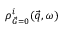
{ \rho _ { \vec { G } = 0 } ^ { i } ( \vec { q } , \omega ) }